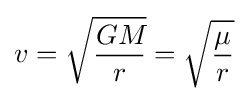
v={\sqrt {GM\! \over {r}}}={\sqrt {\mu  \over {r}}}